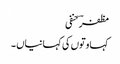
مظفرؔ حنفی
کہاوتوں کی کہانیاں ۔